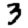
Digit: 3